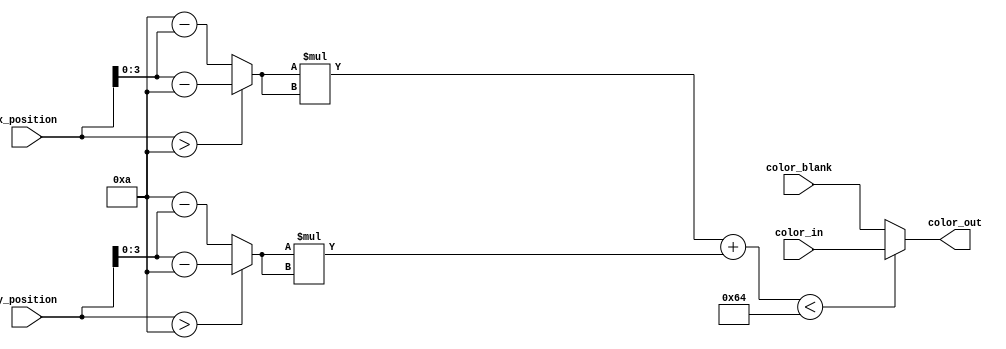
`timescale 1ns / 1ps

module color_circlizer(
	input [4:0] x_position,
	input [4:0] y_position,
   input [7:0] color_in,
   input [7:0] color_blank,
   output [7:0] color_out
   );

	parameter BLOCK_SIZE = 20;

	// 32 / 2 = 16
	wire [3:0] x = x_position > BLOCK_SIZE / 2 ? x_position - BLOCK_SIZE / 2 : BLOCK_SIZE / 2 - x_position;
	wire [3:0] y = y_position > BLOCK_SIZE / 2 ? y_position - BLOCK_SIZE / 2 : BLOCK_SIZE / 2 - y_position;

	// Use < to add some space between circles.
	assign color_out = x * x + y * y < (BLOCK_SIZE / 2) * (BLOCK_SIZE / 2) ? color_in : color_blank;

endmodule